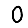
Digit: 0